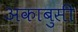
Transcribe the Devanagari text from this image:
अकाबुसी